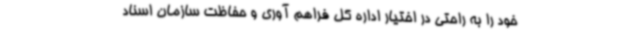
خود را به راحتی در اختیار اداره کل فراهم آوری و حفاظت سازمان اسناد